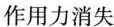
作用力消失